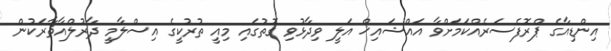
އިންޑިއާގެ ޕްރޮފެސަރެއްކަމަށްވާ އައްޝައިޚް އަލީ ވިދާޅުވި ގޮތުގައި މިއީ ތުރުކީގެ އިސްލާމީ ދާރުލްއާޘާރަކުން